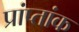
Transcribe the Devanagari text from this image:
प्रांप्तांक